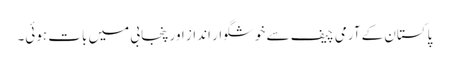
پاکستان کے آرمی چیف سے خوشگوار انداز اور پنجابی میں بات ہوئی۔